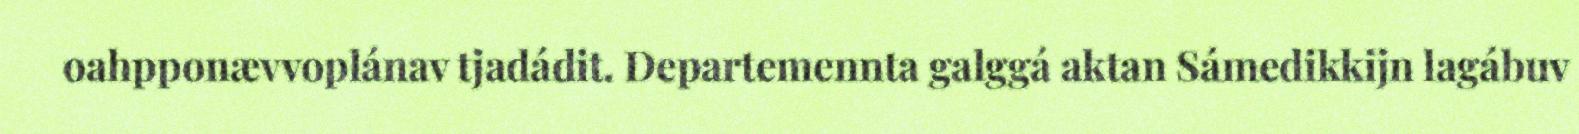
oahpponævvoplánav tjadádit. Departemennta galggá aktan Sámedikkijn lagábuv